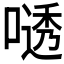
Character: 𫫟